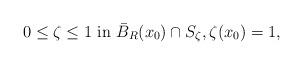
LaTeX: \begin{align*}0\le \zeta \le 1 \ {\rm in}\ \bar B_R(x_0)\cap S_\zeta, \zeta(x_0)=1,\end{align*}